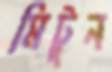
মিটুন